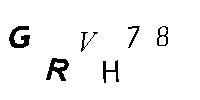
GRVH78